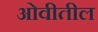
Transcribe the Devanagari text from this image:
ओवीतील